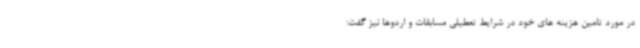
در مورد تامین هزینه های خود در شرایط تعطیلی مسابقات و اردوها نیز گفت: